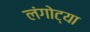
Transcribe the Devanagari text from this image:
लंगोट्या